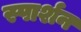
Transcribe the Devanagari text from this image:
स्पार्शन